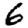
Digit: 6